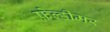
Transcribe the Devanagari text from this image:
फ़ेल्हीमर